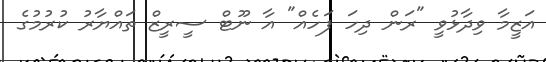
އަޒީމާ ވިދާޅުވީ "ރަން ދިހަ ފަހެއް" އާ ނޫޓް ސީރީޒް ތައްޔާރު ކުރުމުގެ